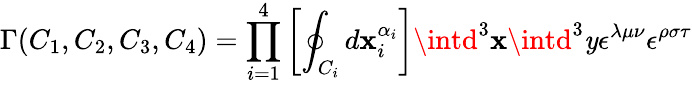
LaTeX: \Gamma(C_{1},C_{2},C_{3},C_{4})=\prod_{i=1}^{4}\left[\oint_{C_{i}}d\mathbf{x}_{i}^{\alpha_{i}}\right]\intd^{3}\mathbf{x}\intd^{3}\mathit{y}\epsilon^{\lambda\mu\nu}\epsilon^{\rho\sigma\tau}